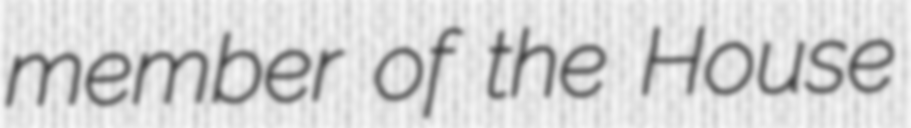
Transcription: member of the House